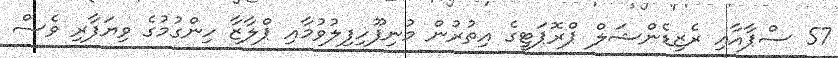
57 ސްޕާއާއި ރެޒިޑެންޝަލް ޕްރޮޕަޓީގެ އިތުރުން މުނިފޫހިފިލުވުމާއި ޕްލާޒާ ހިންގުމުގެ ވިޔަފާރި ވެސް